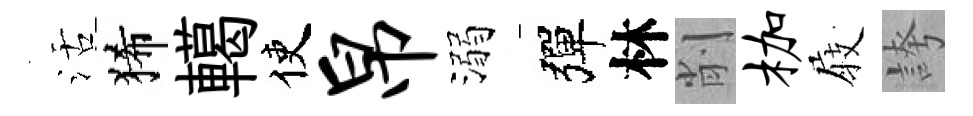
活狶轕使帛溺彈林削枷𡲆誇